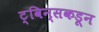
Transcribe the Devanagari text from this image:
ट्विन्सकडून